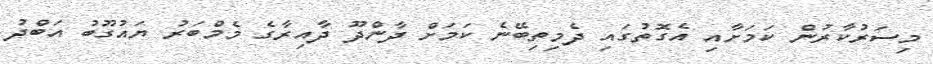
މިސަރުކާރުން ކަމަށާއި އެގޮތުގައި ދެމިތިބޭނެ ކަމަށް ދާންދޫ ދާއިރާގެ މެމްބަރު ޔައުގޫބު އަބްދު